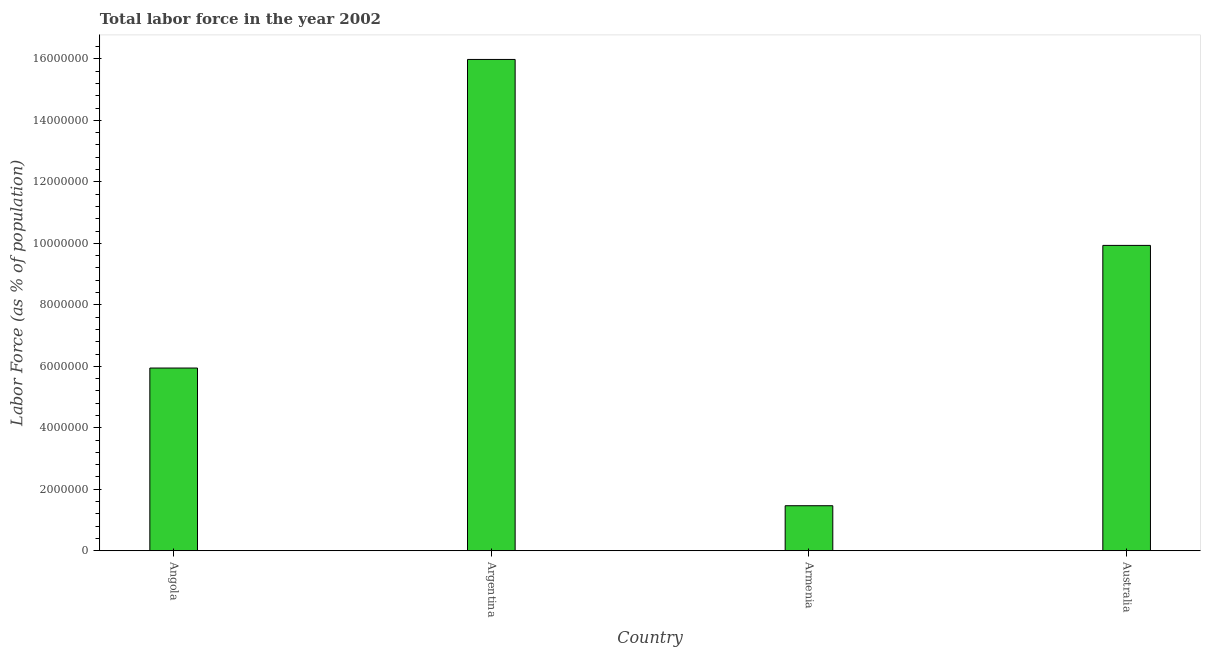
| Country | Labor force |
 | --- | --- |
 | Angola | 5.94e+06 |
 | Argentina | 1.6e+07 |
 | Armenia | 1.47e+06 |
 | Australia | 9.93e+06 |